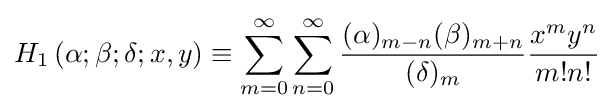
H_{1}\left(\alpha ;\beta ;\delta ;x,y\right)\equiv \sum _{m=0}^{\infty }\sum _{n=0}^{\infty }{\frac {(\alpha )_{m-n}(\beta )_{m+n}}{(\delta )_{m}}}{\frac {x^{m}y^{n}}{m!n!}}